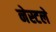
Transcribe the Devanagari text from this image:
नेस्टले